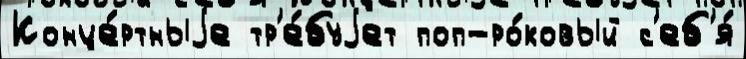
Конце́ртныjе тр'е́буjет поп-ро́ковый с'еб'я́